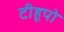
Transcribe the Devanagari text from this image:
टीहूपो